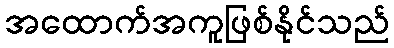
အထောက်အကူဖြစ်နိုင်သည်